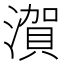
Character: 㵑